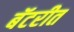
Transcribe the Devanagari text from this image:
बॅटरीत